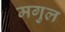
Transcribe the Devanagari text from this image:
मगुल